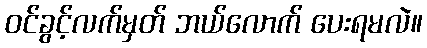
ဝင်ခွင့်လက်မှတ် ဘယ်လောက် ပေးရမလဲ။